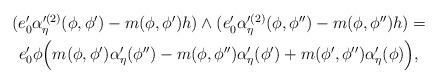
LaTeX: \begin{align*}\begin{gathered}(e'_0 \alpha'^{(2)}_{\eta} (\phi,\phi')- m (\phi, \phi')h) \wedge (e'_0 \alpha'^{(2)}_{\eta} (\phi,\phi'')- m (\phi, \phi'')h) =\\e'_0 \phi \Big(m (\phi, \phi')\alpha'_{\eta}(\phi'') -m (\phi, \phi'')\alpha'_{\eta}(\phi')+m (\phi', \phi'')\alpha'_{\eta}(\phi) \Big),\end{gathered}\end{align*}